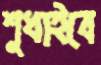
শুধাইবে